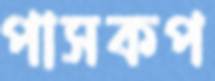
পাসকপ